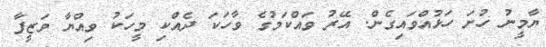
ޔާމީނު ހުށަ ހަޅުއްވައިގެން. އޭރު ވައްކަމުގެ ވާހަކަ ދެއްކި މީހަކު ވިއްޔާ ވަޒީފާ